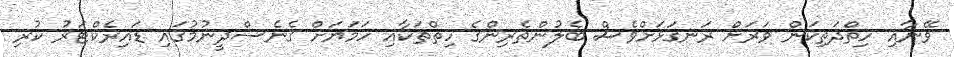
ވޭނާއި ހިތްދަތިކަން ވަރަށް ރަނގަޅަށްވެސް ބެލުންތެރިންގެ ހިތްތަކާއި ހަމަޔަށް ގެނެސްދީނުމުގައި ޑައިރެކްޓަރު ކުރި